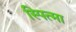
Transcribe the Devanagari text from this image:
स्पित्मा